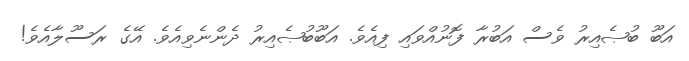
އަބޫ ބުޞެއިރު ވެސް އަބުރާ ފޮނުއްވައި ފިއެވެ. އަބޫބުޞެއިރު ދެންނެވިއެވެ. އޭގެ ރަސޫލާއެވެ!